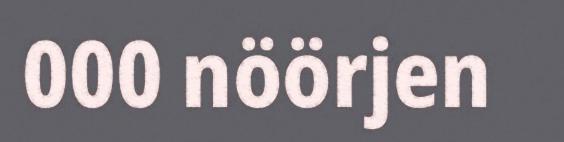
000 nöörjen